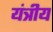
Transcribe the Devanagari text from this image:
यंत्रीय